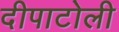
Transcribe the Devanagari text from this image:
दीपाटोली